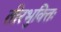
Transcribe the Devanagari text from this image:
तीरभुक्‍तिः